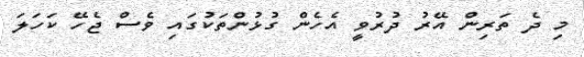
މި ދެ ތަރިން އޭރު ދުރުވީ އެހެން ގުޅުންތަކުގައި ވެސް ޖެހޭ ކަހަލަ